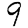
Digit: 9